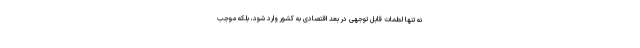
نه تنها لطمات قابل توجهی در بعد اقتصادی به کشور وارد شود، بلکه موجب